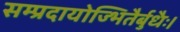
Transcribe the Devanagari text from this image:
सम्प्रदायोज्भितैर्बुधैः।